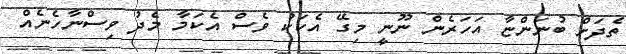
ތެދަށް ބުނަންޏާ އަހަރެން ނޫނީ މިގޭ އެކަކު ވެސް އެކަމާ މެދު ވިސްނާހެނެއް